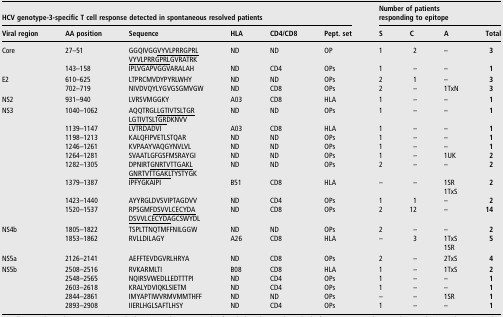
<table><thead><tr><td colspan="6"><b>HCV genotype-3-specific T cell response detected in spontaneous resolved patients</b></td><td colspan="4"><b>Number of patients responding to epitope</b></td></tr><tr><td><b>Viral region</b></td><td><b>AA position</b></td><td><b>Sequence</b></td><td><b>HLA</b></td><td><b>CD4/CD8</b></td><td><b>Pept. set</b></td><td><b>S</b></td><td><b>C</b></td><td><b>A</b></td><td><b>Total</b></td></tr></thead><tbody><tr><td rowspan="2">Core</td><td>27–51</td><td>GGQIVGG<underline>VYVLPRRGPRL</underline><underline>VYVLPRRGPRL</underline>GVRATRK</td><td>ND</td><td>ND</td><td>OP</td><td>1</td><td>2</td><td>–</td><td><b>3</b></td></tr><tr><td>143–158</td><td>IPLVGAPVGGVARALAH</td><td>ND</td><td>CD4</td><td>OPs</td><td>1</td><td>–</td><td>–</td><td><b>1</b></td></tr><tr><td rowspan="2">E2</td><td>610–625</td><td>LTPRCMVDYPYRLWHY</td><td>ND</td><td>ND</td><td>OPs</td><td>2</td><td>1</td><td>–</td><td><b>3</b></td></tr><tr><td>702–719</td><td>NIVDVQYLYGVGSGMVGW</td><td>ND</td><td>CD8</td><td>OPs</td><td>2</td><td>–</td><td>1TxN</td><td><b>3</b></td></tr><tr><td>NS2</td><td>931–940</td><td>LVRSVMGGKY</td><td>A03</td><td>CD8</td><td>HLA</td><td>1</td><td>–</td><td>–</td><td><b>1</b></td></tr><tr><td rowspan="9">NS3</td><td>1040–1062</td><td>AQQTRGL<underline>LGTIVTSLTGR</underline><underline>LGTIVTSLTGR</underline>DKNVV</td><td>ND</td><td>ND</td><td>OPs</td><td>1</td><td>–</td><td>–</td><td><b>1</b></td></tr><tr><td>1139–1147</td><td>LVTRDADVI</td><td>A03</td><td>CD8</td><td>HLA</td><td>1</td><td>–</td><td>–</td><td><b>1</b></td></tr><tr><td>1198–1213</td><td>KALQFIPVETLSTQAR</td><td>ND</td><td>ND</td><td>OPs</td><td>1</td><td>–</td><td>–</td><td><b>1</b></td></tr><tr><td>1246–1261</td><td>KVPAAYVAQGYNVLVL</td><td>ND</td><td>ND</td><td>OPs</td><td>1</td><td>–</td><td>–</td><td><b>1</b></td></tr><tr><td>1264–1281</td><td>SVAATLGFGSFMSRAYGI</td><td>ND</td><td>ND</td><td>OPs</td><td>1</td><td>–</td><td>1UK</td><td><b>2</b></td></tr><tr><td>1282–1305</td><td>DPNIRT<underline>GNRTVTTGAKL</underline><underline>GNRTVTTGAKL</underline>TYSTYGK</td><td>ND</td><td>ND</td><td>OPs</td><td>2</td><td>–</td><td>–</td><td><b>2</b></td></tr><tr><td>1379–1387</td><td>IPFYGKAIPI</td><td>B51</td><td>CD8</td><td>HLA</td><td>–</td><td>–</td><td>1SR1TxS</td><td><b>2</b></td></tr><tr><td>1423–1440</td><td>AYYRGLDVSVIPTAGDVV</td><td>ND</td><td>CD4</td><td>OPs</td><td>1</td><td>1</td><td>–</td><td><b>2</b></td></tr><tr><td>1520–1537</td><td>RPSGMF<underline>DSVVLCECYDA</underline><underline>DSVVLCECYDA</underline>GCSWYDL</td><td>ND</td><td>CD8</td><td>OPs</td><td>2</td><td>12</td><td>–</td><td><b>14</b></td></tr><tr><td rowspan="2">NS4b</td><td>1805–1822</td><td>TSPLTTNQTMFFNILGGW</td><td>ND</td><td>ND</td><td>OPs</td><td>2</td><td>–</td><td>–</td><td><b>2</b></td></tr><tr><td>1853–1862</td><td>RVLLDILAGY</td><td>A26</td><td>CD8</td><td>HLA</td><td>–</td><td>3</td><td>1TxS1SR</td><td><b>5</b></td></tr><tr><td>NS5a</td><td>2126–2141</td><td>AEFFTEVDGVRLHRYA</td><td>ND</td><td>CD8</td><td>OPs</td><td>2</td><td>–</td><td>2TxS</td><td><b>4</b></td></tr><tr><td rowspan="5">NS5b</td><td>2508–2516</td><td>RVKARMLTI</td><td>B08</td><td>CD8</td><td>HLA</td><td>1</td><td>–</td><td>1TxS</td><td><b>2</b></td></tr><tr><td>2548–2565</td><td>NQIRSVWEDLLEDTTTPI</td><td>ND</td><td>CD4</td><td>OPs</td><td>1</td><td>–</td><td>–</td><td><b>1</b></td></tr><tr><td>2603–2618</td><td>KRALYDVIQKLSIETM</td><td>ND</td><td>CD4</td><td>OPs</td><td>1</td><td>–</td><td>–</td><td><b>1</b></td></tr><tr><td>2844–2861</td><td>IMYAPTIWVRMVMMTHFF</td><td>ND</td><td>ND</td><td>OPs</td><td>–</td><td>–</td><td>1SR</td><td><b>1</b></td></tr><tr><td>2893–2908</td><td>IIERLHGLSAFTLHSY</td><td>ND</td><td>CD4</td><td>OPs</td><td>1</td><td>–</td><td>–</td><td><b>1</b></td></tr></tbody></table>